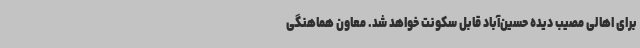
برای اهالی مصیب دیده حسین‌آباد قابل سکونت خواهد شد. معاون هماهنگی